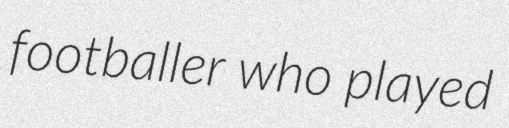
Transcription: footballer who played